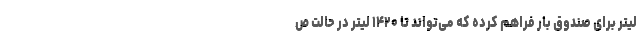
لیتر برای صندوق بار فراهم کرده که می‌تواند تا ۱۴۲۰ لیتر در حالت ص